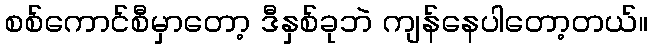
စစ်ကောင်စီမှာတော့ ဒီနှစ်ခုဘဲ ကျန်နေပါတော့တယ်။